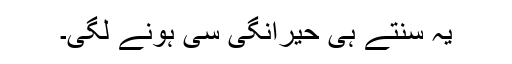
یہ سنتے ہی حیرانگی سی ہونے لگی۔